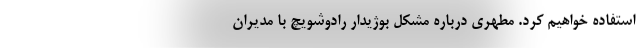
استفاده خواهیم کرد. مطهری درباره مشکل بوژیدار رادوشویچ با مدیران